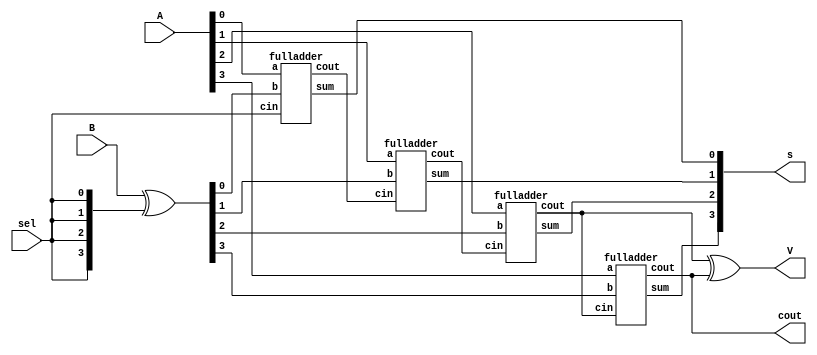

module add_sub(V,s,cout,sel,A,B);
input [3:0] A, B; // Declaration of two four-bit inputs
input sel; // and the one-bit input carry
output [3:0] s; // Declaration of the five-bit outputs
output V,cout;  //overflow bit
wire [3:0] D;
wire [3:1] c;  // internal carry wires
assign V= c[3] ^ cout;  // carry 3 or 4 creates an overflow
//overflow indicates wrong output
assign D=B ^({sel,sel,sel,sel});
fulladder fa0(A[0],D[0],sel,s[0],c[1]);
fulladder fa1(A[1],D[1],c[1],s[1],c[2]);
fulladder fa2(A[2],D[2],c[2],s[2],c[3]);
fulladder fa3(A[3],D[3],c[3],s[3],cout);
endmodule




module fulladder(a,b,cin,sum,cout);
  input a,b,cin;
  output sum,cout;
  reg sum,cout;
  always @ (a or b or cin)
  begin
    sum <= a ^ b ^ cin;
    cout <= (a & b) | (a & cin) | (b & cin);
  end
endmodule